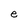
Character: e